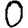
Digit: 0